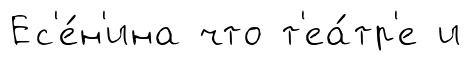
Ес'е́н'ина что т'еа́тр'е и